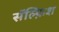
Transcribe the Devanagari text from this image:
सॅल्फ़िश